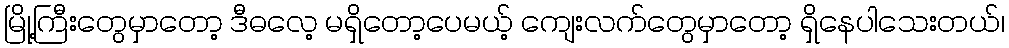
မြို့ကြီးတွေမှာတော့ ဒီဓလေ့ မရှိတော့ပေမယ့် ကျေးလက်တွေမှာတော့ ရှိနေပါသေးတယ်၊